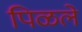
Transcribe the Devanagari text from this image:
पिळले